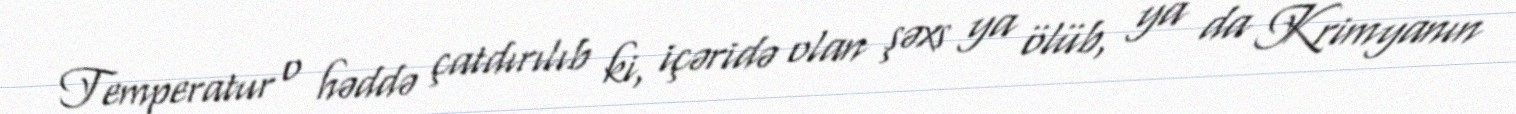
Temperatur o həddə çatdırılıb ki, içəridə olan şəxs ya ölüb, ya da Krimyanın